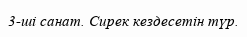
3-ші санат. Сирек кездесетін түр.